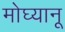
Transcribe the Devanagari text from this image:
मोघ्यानू